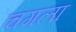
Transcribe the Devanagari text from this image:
चगला